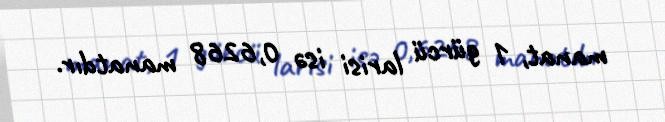
manat, 1 gürcü larisi isə 0,6268 manatdır.